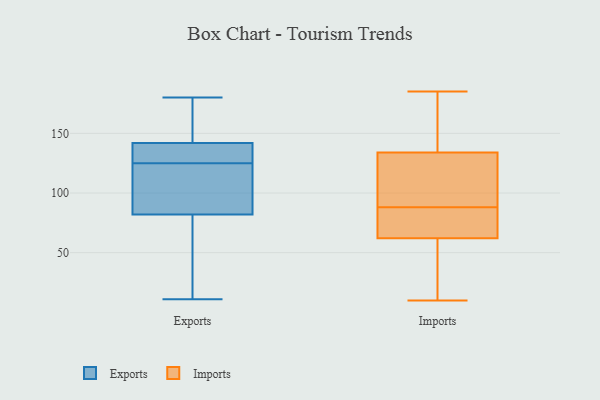
{"axis": {"x": "Churn Rate (%)", "y": "Value"}, "legend": ["Exports", "Imports"], "data": [{"x": "", "y": 128, "type": "Exports"}, {"x": "", "y": 82, "type": "Exports"}, {"x": "", "y": 128, "type": "Exports"}, {"x": "", "y": 114, "type": "Exports"}, {"x": "", "y": 175, "type": "Exports"}, {"x": "", "y": 152, "type": "Exports"}, {"x": "", "y": 117, "type": "Exports"}, {"x": "", "y": 122, "type": "Exports"}, {"x": "", "y": 11, "type": "Exports"}, {"x": "", "y": 24, "type": "Exports"}, {"x": "", "y": 133, "type": "Exports"}, {"x": "", "y": 36, "type": "Exports"}, {"x": "", "y": 98, "type": "Exports"}, {"x": "", "y": 142, "type": "Exports"}, {"x": "", "y": 131, "type": "Exports"}, {"x": "", "y": 162, "type": "Exports"}, {"x": "", "y": 180, "type": "Exports"}, {"x": "", "y": 80, "type": "Exports"}, {"x": "", "y": 84, "type": "Imports"}, {"x": "", "y": 39, "type": "Imports"}, {"x": "", "y": 105, "type": "Imports"}, {"x": "", "y": 54, "type": "Imports"}, {"x": "", "y": 28, "type": "Imports"}, {"x": "", "y": 128, "type": "Imports"}, {"x": "", "y": 185, "type": "Imports"}, {"x": "", "y": 83, "type": "Imports"}, {"x": "", "y": 92, "type": "Imports"}, {"x": "", "y": 70, "type": "Imports"}, {"x": "", "y": 159, "type": "Imports"}, {"x": "", "y": 77, "type": "Imports"}, {"x": "", "y": 140, "type": "Imports"}, {"x": "", "y": 10, "type": "Imports"}, {"x": "", "y": 183, "type": "Imports"}, {"x": "", "y": 117, "type": "Imports"}]}